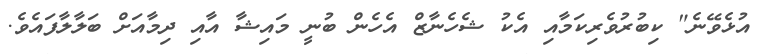
އުޅެވޭނެ" ކިބުރުވެރިކަމާއި އެކު ޝެހެނާޒް އެހެން ބުނީ މައިޝާ އާއި ދިމާއަށް ބަލާލާފައެވެ.